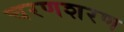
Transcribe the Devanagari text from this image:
चरणशरण